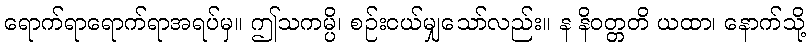
ရောက်ရာရောက်ရာအရပ်မှ။ ဤသကမ္ပိ၊ စဉ်းငယ်မျှသော်လည်း။ န နိဝတ္တတိ ယထာ၊ နောက်သို့